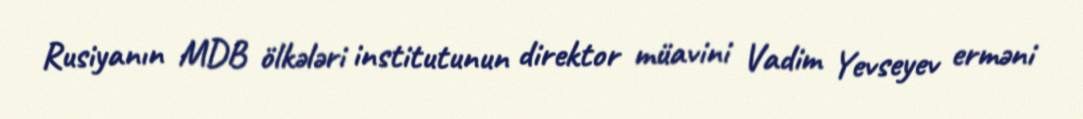
Rusiyanın MDB ölkələri institutunun direktor müavini Vadim Yevseyev erməni